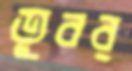
তুবর